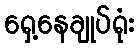
ရှေ့နေချုပ်ရုံး